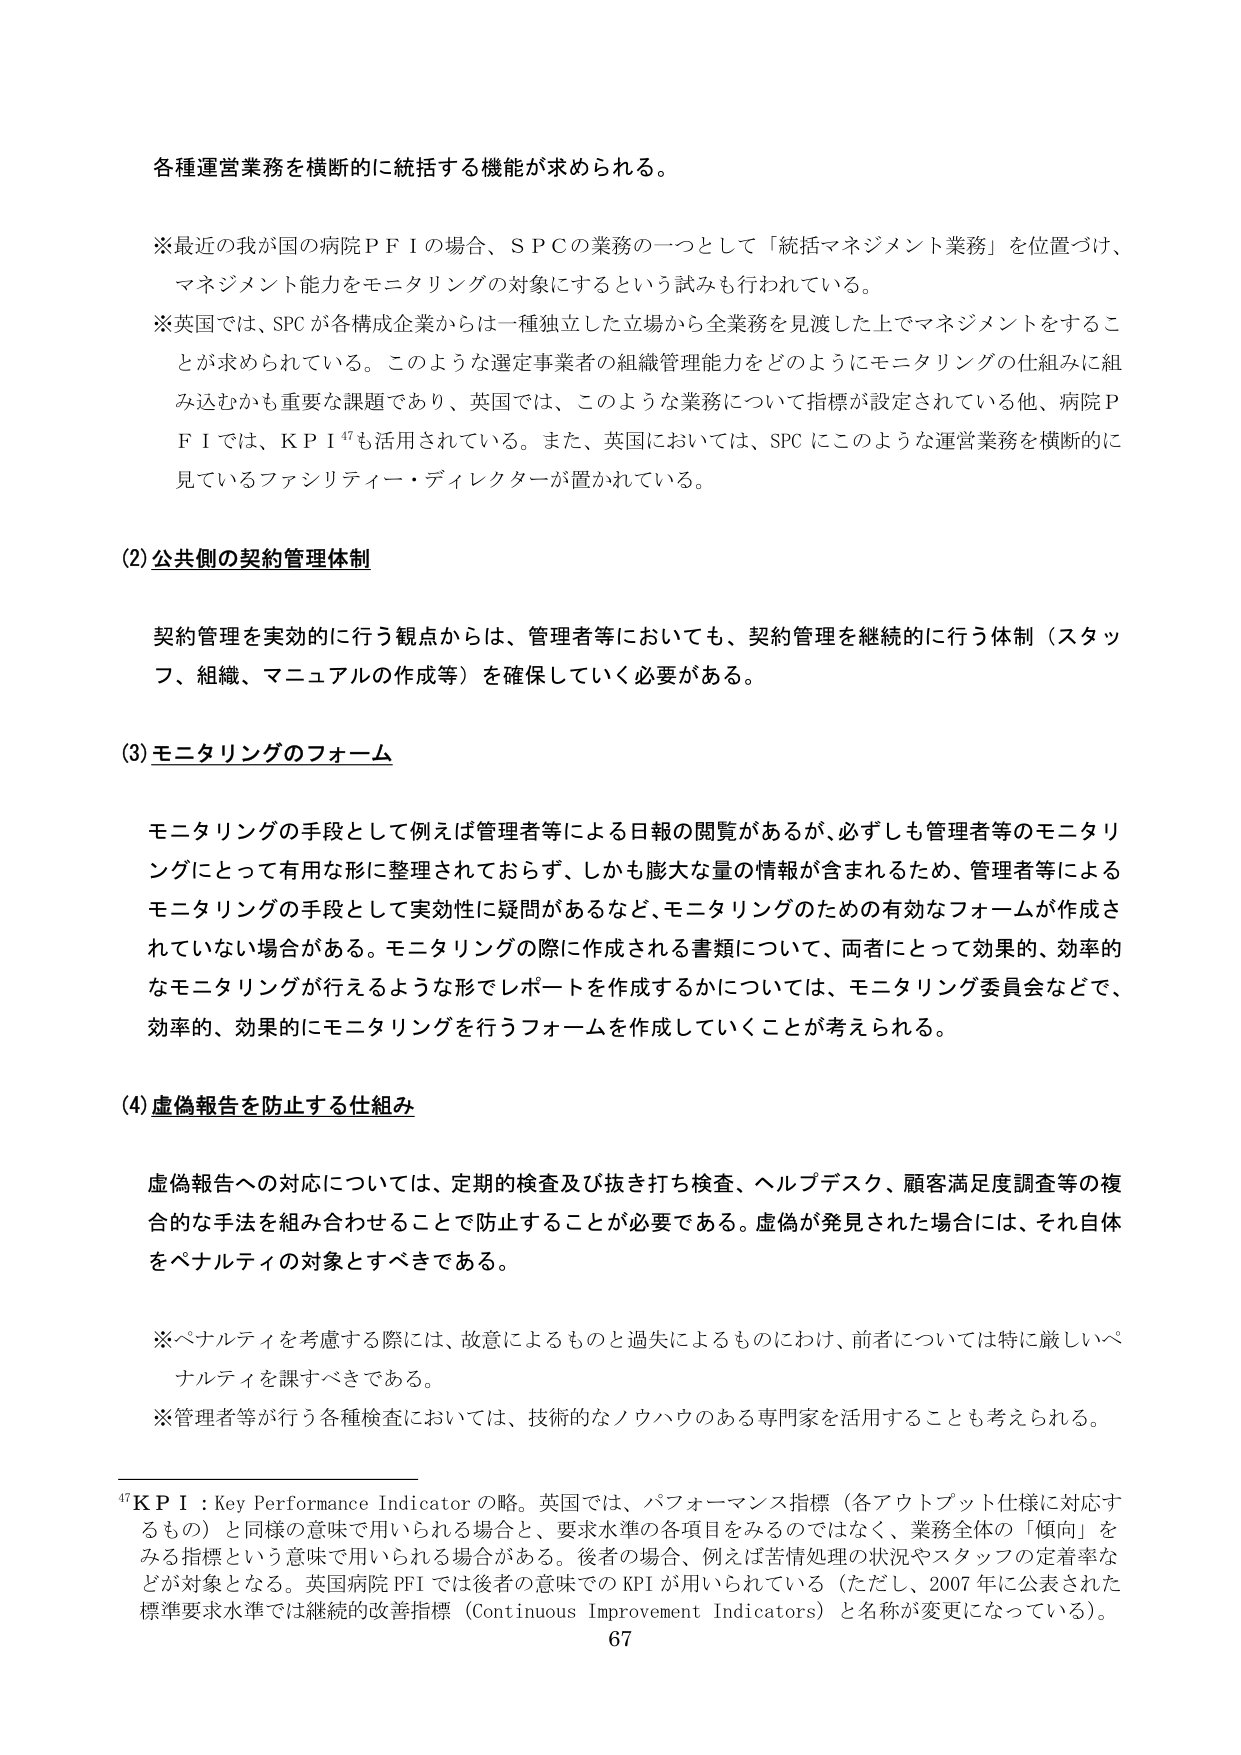
各種運営業務を横断的に統括する機能が求められる。

※最近の我が国の病院ＰＦＩの場合、ＳＰＣの業務の一つとして「統括マネジメント業務」を位置づけ、マネジメント能力をモニタリングの対象にするという試みも行われている。

※英国では、SPCが各構成企業からは一種独立した立場から全業務を見渡した上でマネジメントをすることが求められている。このような選定事業者の組織管理能力をどのようにモニタリングの仕組みに組み込むかも重要な課題であり、英国では、このような業務について指標が設定されている他、病院ＰＦＩでは、ＫＰＩ⁴⁷も活用されている。また、英国においては、SPCにこのような運営業務を横断的に見ているファシリティ・ディレクターが置かれている。

(2) 公共側の契約管理体制

契約管理を実効的に行う観点からは、管理者等においても、契約管理を継続的に行う体制（スタッフ、組織、マニュアルの作成等）を確保していく必要がある。

(3) モニタリングのフォーム

モニタリングの手段として例えば管理者等による日報の閲覧があるが、必ずしも管理者等のモニタリングにとって有用な形に整理されておらず、しかも膨大な量の情報が含まれるため、管理者等によるモニタリングの手段として実効性に疑問があるなど、モニタリングのための有効なフォームが作成されていない場合がある。モニタリングの際に作成される書類について、両者にとって効果的、効率的なモニタリングが行えるような形でレポートを作成するかについては、モニタリング委員会などで、効率的、効果的にモニタリングを行うフォームを作成していくことが考えられる。

(4) 虚偽報告を防止する仕組み

虚偽報告への対応については、定期的検査及び抜き打ち検査、ヘルプデスク、顧客満足度調査等の複合的な手法を組み合わせることで防止することが必要である。虚偽が発見された場合には、それ自体をペナルティの対象とすべきである。

※ペナルティを考慮する際には、故意によるものと過失によるものにわけ、前者については特に厳しいペナルティを課すべきである。

※管理者等が行う各種検査においては、技術的なノウハウのある専門家を活用することも考えられる。

⁴⁷ＫＰＩ：Key Performance Indicator の略。英国では、パフォーマンス指標（各アウトプット仕様に対応するもの）と同様の意味で用いられる場合と、要求水準の各項目をみるのではなく、業務全体の「傾向」をみる指標という意味で用いられる場合がある。後者の場合、例えば苦情処理の状況やスタッフの定着率などが対象となる。英国病院ＰＦＩでは後者の意味でのＫＰＩが用いられている（ただし、2007年に公表された標準要求水準では継続的改善指標（Continuous Improvement Indicators）と名称が変更になっている）。

67